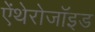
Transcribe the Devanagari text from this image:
ऐंथेरोजॉइड